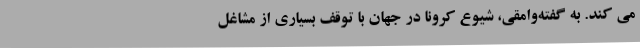
می کند. به گفته‌وامقی، شیوع کرونا در جهان با توقف بسیاری از مشاغل